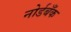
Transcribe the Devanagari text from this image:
नोर्डबँक